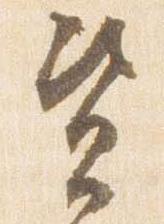
資